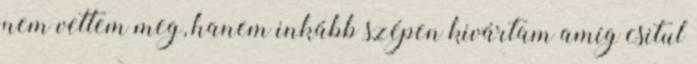
nem vettem meg, hanem inkább szépen kivártam amíg csitul